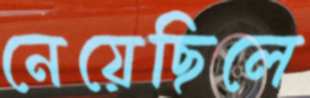
নেয়েছিলে